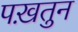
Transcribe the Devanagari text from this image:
पख़तुन